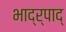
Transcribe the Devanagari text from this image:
भाद्र्पाद्